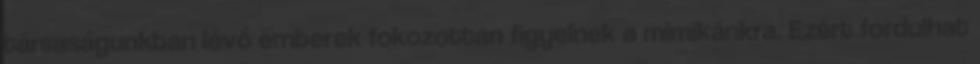
társaságunkban lévő emberek fokozottan figyelnek a mimikánkra. Ezért fordulhat